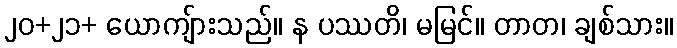
၂၀+၂၁+ ယောကျ်ားသည်။ န ပဿတိ၊ မမြင်။ တာတ၊ ချစ်သား။